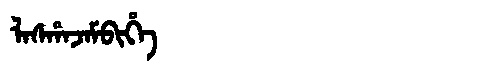
Manchu: ᠯᠠᠰᡥᠠᠵᠠᠮᠪᡳᡥᡝ
Romanization: LASHAJAMBIHE